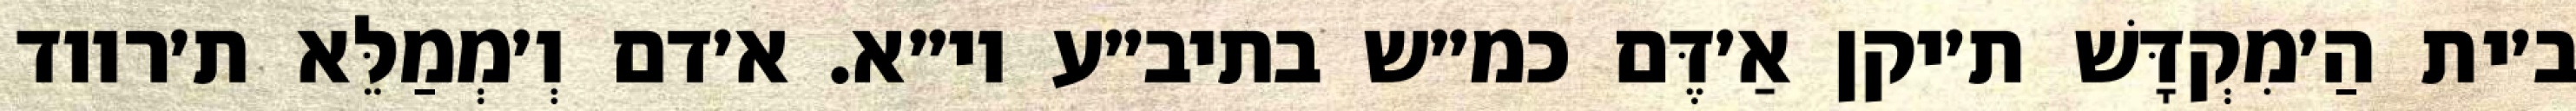
ב׳ית הַ׳מִקְדָּשׁ ת׳יקן אַ׳דֶּם כמ״ש בתיב״ע וי״א. א׳דם וְ׳מְמַלֵּא ת׳רווד